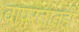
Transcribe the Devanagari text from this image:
वापरतातही